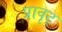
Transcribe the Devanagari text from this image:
प्रावृट्